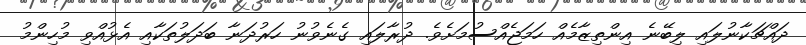
ދައްޗަކާނުލައި ލިބޭނެ އިންތިޒާމެއް ހަމަޖެއްސުމަށެވެ. ދުރާލައި ގެނެވުނު ހަރުދަނާ ބަދަލުތަކާއި އެޅުއްވި މުހިންމު